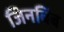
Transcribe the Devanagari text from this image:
जिनबिंब